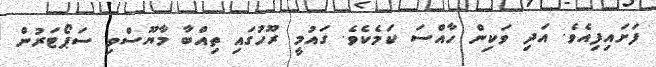
ފަށައިފިއެވެ. އަދި ވަކިން ހާއްސަ ކަމެކެވެ. ގައުމީ ރޫހުގައި ތިއްބާ މާޔޫސްވި ސަޕޯޓަރުން